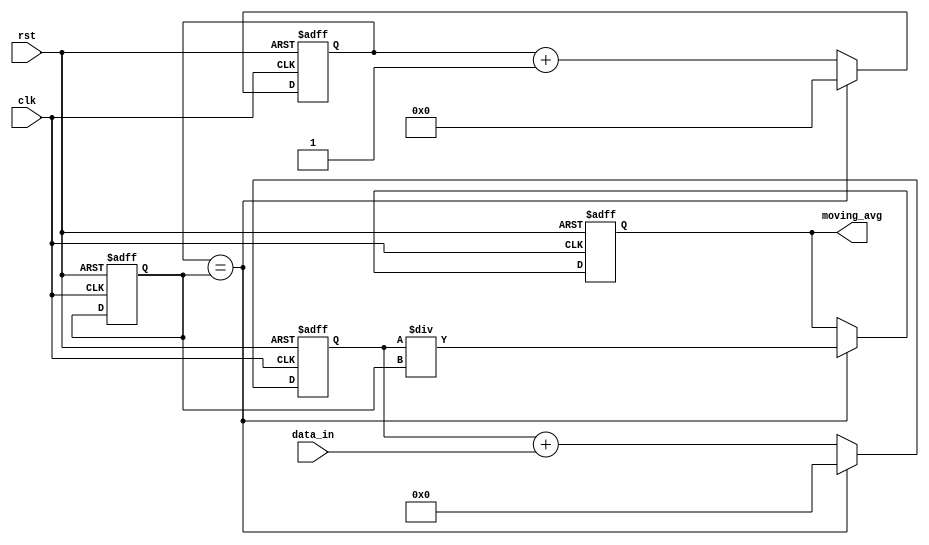
module moving_average_accumulator (
    input wire clk,
    input wire rst,
    input wire [7:0] data_in,
    output reg [15:0] moving_avg
);

reg [15:0] sum;
reg [15:0] avg;
reg [3:0] window_size;
reg [3:0] counter;

always @(posedge clk or posedge rst) begin
    if (rst) begin
        sum <= 16'd0;
        avg <= 16'd0;
        window_size <= 4'd8; // Specify the window size here
        counter <= 4'd0;
    end else begin
        sum <= sum + data_in;
        counter <= counter + 1;
        
        if (counter == window_size) begin
            avg <= sum / window_size;
            sum <= 16'd0;
            counter <= 4'd0;
        end
    end
end

assign moving_avg = avg;

endmodule